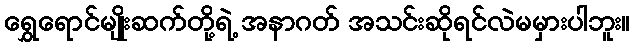
ရွှေရောင်မျိုးဆက်တို့ရဲ့ အနာဂတ် အသင်းဆိုရင်လဲမမှားပါဘူး။